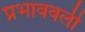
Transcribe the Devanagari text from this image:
प्रभाववली